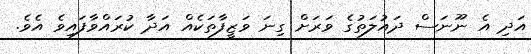
އަދި އެ ނޫނަސް ދައުލަތުގެ ވަރަށް ގިނަ ވަޒީފާތަކެއް އަދާ ކުރައްވާފައިވެ އެވެ.